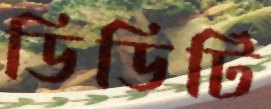
ডিডিটি